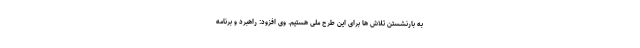
به بارنشستن تلاش ها برای این طرح ملی هستیم. وی افزود: راهبرد و برنامه